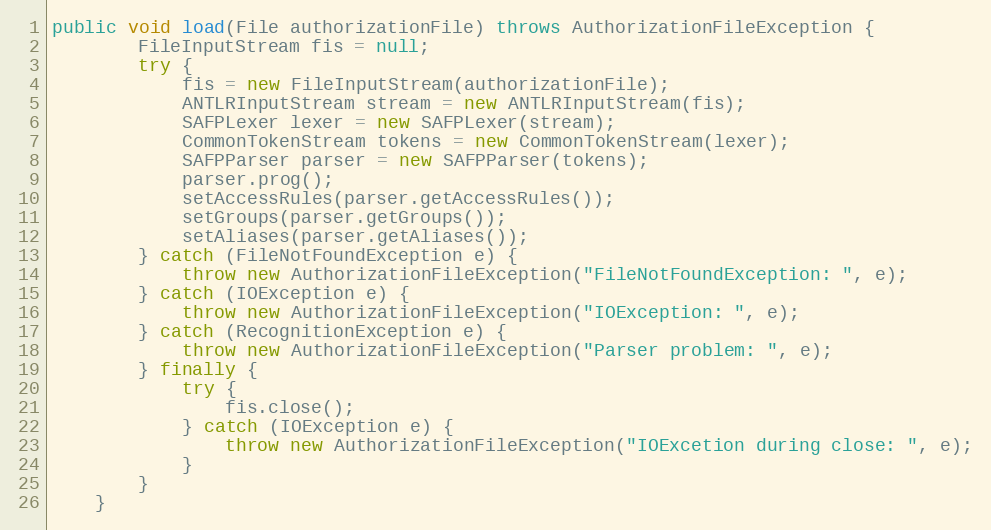
Language: Java
public void load(File authorizationFile) throws AuthorizationFileException {
        FileInputStream fis = null;
        try {
            fis = new FileInputStream(authorizationFile);
            ANTLRInputStream stream = new ANTLRInputStream(fis);
            SAFPLexer lexer = new SAFPLexer(stream);
            CommonTokenStream tokens = new CommonTokenStream(lexer);
            SAFPParser parser = new SAFPParser(tokens);
            parser.prog();
            setAccessRules(parser.getAccessRules());
            setGroups(parser.getGroups());
            setAliases(parser.getAliases());
        } catch (FileNotFoundException e) {
            throw new AuthorizationFileException("FileNotFoundException: ", e);
        } catch (IOException e) {
            throw new AuthorizationFileException("IOException: ", e);
        } catch (RecognitionException e) {
            throw new AuthorizationFileException("Parser problem: ", e);
        } finally {
            try {
                fis.close();
            } catch (IOException e) {
                throw new AuthorizationFileException("IOExcetion during close: ", e);
            }
        }
    }